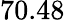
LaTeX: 70.48